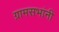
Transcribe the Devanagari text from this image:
ग्रामसभांनी